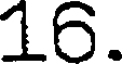
16.